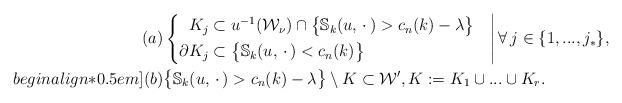
LaTeX: \begin{align*}(a)&\left\{\begin{aligned}K_j &\subset u^{-1}(\mathcal W_\nu)\cap \big\{{\mathbb S}_k(u,\,\cdot\,)>c_n(k)-\lambda\big\}\\\partial K_j &\subset\big\{{\mathbb S}_k(u,\,\cdot\,)<c_n(k)\big\}\end{aligned}\quad\right|\forall\,j\in\{1,...,j_*\},\\begin{align*}0.5em](b)&\big\{{\mathbb S}_k(u,\,\cdot\,)>c_n(k)-\lambda\big\}\setminus K\subset\mathcal W',K:=K_1\cup...\cup K_r.\end{align*}